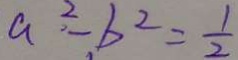
a ^ { 2 } - b ^ { 2 } = \frac { 1 } { 2 }